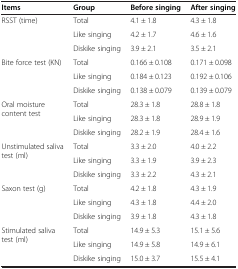
| Items | Group | Before singing | After singing |
 | --- | --- | --- | --- |
 | <ROWSPAN=3> RSST (time) | Total | 4.1 ± 1.8 | 4.3 ± 1.8 |
 | Like singing | 4.2 ± 1.7 | 4.6 ± 1.6 |
 | Diskike singing | 3.9 ± 2.1 | 3.5 ± 2.1 |
 | <ROWSPAN=3> Bite force test (KN) | Total | 0.166 ± 0.108 | 0.171 ± 0.098 |
 | Like singing | 0.184 ± 0.123 | 0.192 ± 0.106 |
 | Diskike singing | 0.138 ± 0.079 | 0.139 ± 0.079 |
 | <ROWSPAN=3> Oral moisture content test | Total | 28.3 ± 1.8 | 28.8 ± 1.8 |
 | Like singing | 28.3 ± 1.8 | 28.9 ± 1.9 |
 | Diskike singing | 28.2 ± 1.9 | 28.4 ± 1.6 |
 | <ROWSPAN=3> Unstimulated saliva test (ml) | Total | 3.3 ± 2.0 | 4.0 ± 2.2 |
 | Like singing | 3.3 ± 1.9 | 3.9 ± 2.3 |
 | Diskike singing | 3.3 ± 2.2 | 4.3 ± 2.1 |
 | <ROWSPAN=3> Saxon test (g) | Total | 4.2 ± 1.8 | 4.3 ± 1.9 |
 | Like singing | 4.3 ± 1.8 | 4.4 ± 2.0 |
 | Diskike singing | 3.9 ± 1.8 | 4.3 ± 1.8 |
 | <ROWSPAN=2> Stimulated saliva test (ml) | Total | 14.9 ± 5.3 | 15.1 ± 5.6 |
 | Like singing | 14.9 ± 5.8 | 14.9 ± 6.1 |
 |  | Diskike singing | 15.0 ± 3.7 | 15.5 ± 4.1 |